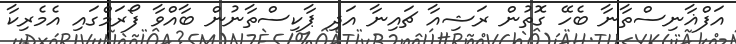
އަފްޣާނިސްތާނާ ބެހޭ ގޮތުން ރަޝިއާ ޗައިނާ އަދި ޕާކިސްތާނުން ބާއްވާ ފޯރަމްގައި އެމެރިކާ